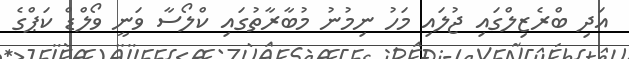
އަދި ބްރެޒިލްގައި ޖުލައި މަހު ނިމުނު މުބާރާތުގައި ކްލޯސާ ވަނީ ވޯލްޑް ކަޕްގެ